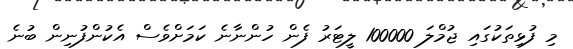
މި ފުޅިތަކުގައި ޖުމްލަ 100000 ލީޓަރު ފެން ހުންނާނެ ކަަމަށްވެސް އެކުންފުނިން ބުނެ